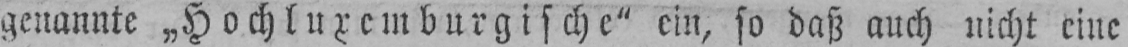
genannte „Hochluxemburgische“ ein, so daß auch nicht eine